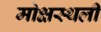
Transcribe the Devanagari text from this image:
मोक्षस्थली